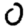
Digit: 0